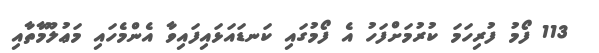
113 ފޯމު ފުރިހަމަ ކުރުމަށްފަހު އެ ފޯމުގައި ކަނޑައަޅައިފައިވާ އެންމެހައި މަޢުލޫމާތާއި